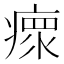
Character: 瘝